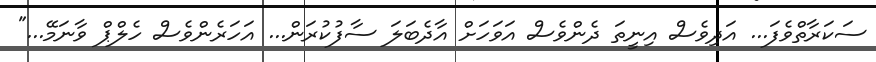
ސަކަރާތްވެފަ... އަދިވެސް އިނީތަ ދެންވެސް އަވަހަށް އާދެބަލަ ސާފުކުރަން... އަހަރެންވެސް ހެލްޕް ވާނަމޭ..."